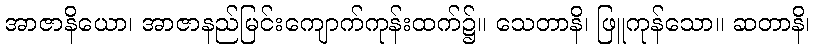
အာဇာနိယော၊ အာဇာနည်မြင်းကျောက်ကုန်းထက်၌။ သေတာနိ၊ ဖြူကုန်သော။ ဆတာနိ၊